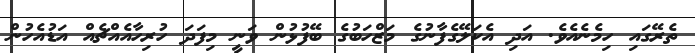
ތެރޭގައި ހިމެނެއެވެ. އަދި އެކަލޭގެފާނުގެ މަޒްހަބުގެ ބޭފުޅުން ވަނީ މިފަދަ ހުރިހާއެއްޗެއް އަޑުއެހުން